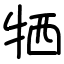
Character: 牺